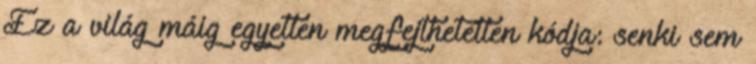
Ez a világ máig egyetlen megfejthetetlen kódja: senki sem